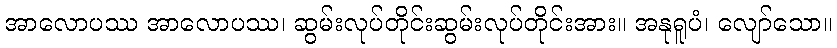
အာလောပဿ အာလောပဿ၊ ဆွမ်းလုပ်တိုင်းဆွမ်းလုပ်တိုင်းအား။ အနုရူပံ၊ လျော်သော။